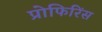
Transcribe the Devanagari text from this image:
प्रोफिरिंस